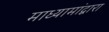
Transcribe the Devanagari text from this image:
माध्यामांद्वारा